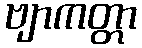
ဗျာကတ္တာ